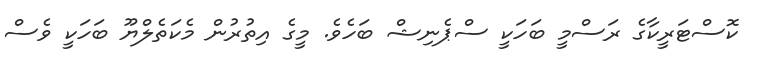
ކޮސްޓަރީކާގެ ރަސްމީ ބަހަކީ ސްޕެނިޝް ބަހެވެ. މީގެ އިތުރުން މެކަތެލްޔޫ ބަހަކީ ވެސް